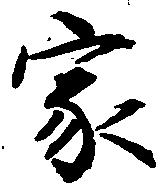
家